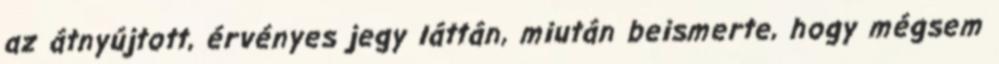
az átnyújtott, érvényes jegy láttán, miután beismerte, hogy mégsem